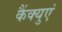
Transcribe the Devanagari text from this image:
कैंक्युएं